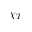
\chi _ { T }